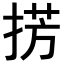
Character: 𢮷